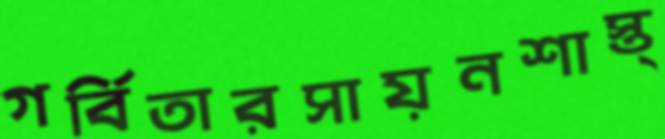
গর্বিতারসায়নশাস্ত্